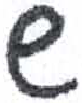
אות: ש